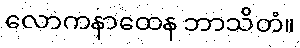
လောကနာထေန ဘာသိတံ။